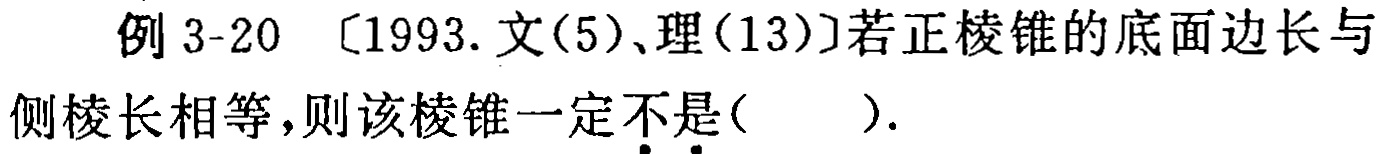
例 3-20 [1993.文(5)、理(13)]若正棱锥的底面边长与侧棱长相等，则该棱锥一定不•是•( ).